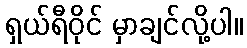
ရှယ်ရီဝိုင် မှာချင်လို့ပါ။